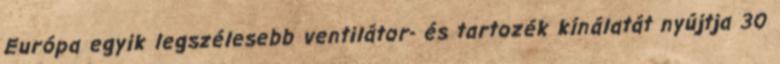
Európa egyik legszélesebb ventilátor- és tartozék kínálatát nyújtja 30